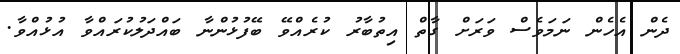
ދެން އެހެން ނަމަވެސް ވަރަށް ގާތް އިތުބާރު ކުރެއްވޭ ބޭފުޅުންނާ ބައްދަލުކުރައްވާ އުޅުއްވާ.